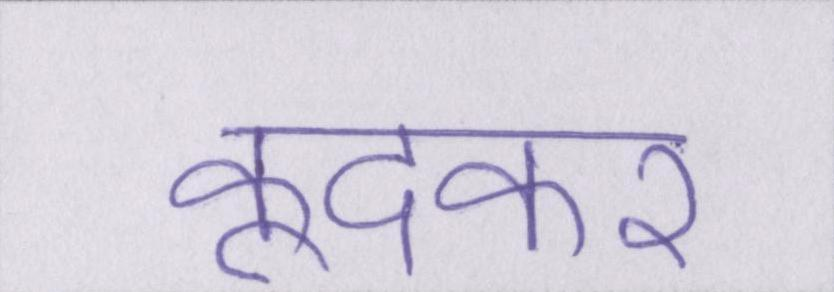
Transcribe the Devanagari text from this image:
कूदकर